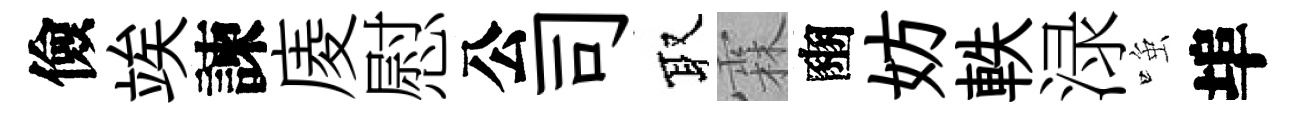
儉竢諫庱慰公司取霖豳妨軼渌𫪻埠